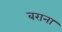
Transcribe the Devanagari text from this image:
बराना